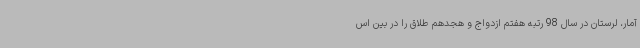
آمار، لرستان در سال 98 رتبه هفتم ازدواج و هجدهم طلاق را در بین اس